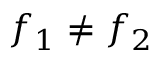
f _ { 1 } \neq f _ { 2 }